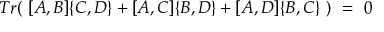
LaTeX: T r ( \ [ A , B ] \{ C , D \} + [ A , C ] \{ B , D \} + [ A , D ] \{ B , C \} \ ) \ = \ 0